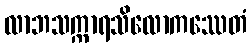
လာဘသက္ကာရသိလောကဿေတံ